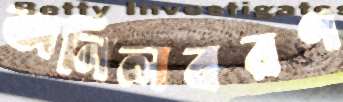
অনিলবরণ